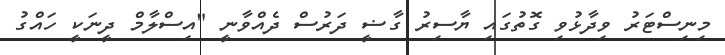
މިނިސްޓަރު ވިދާޅުވި ގޮތުގައި ޔާސިރު ގާޟީ ދަރުސް ދެއްވާނީ "އިސްލާމް ދީނަކީ ހައްގު